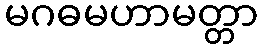
မဂဓမဟာမတ္တာ